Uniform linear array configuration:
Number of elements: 32
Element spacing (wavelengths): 0.75
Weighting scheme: kaiser
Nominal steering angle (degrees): -30
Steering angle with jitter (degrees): -31.074
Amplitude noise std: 0.05
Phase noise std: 0.05

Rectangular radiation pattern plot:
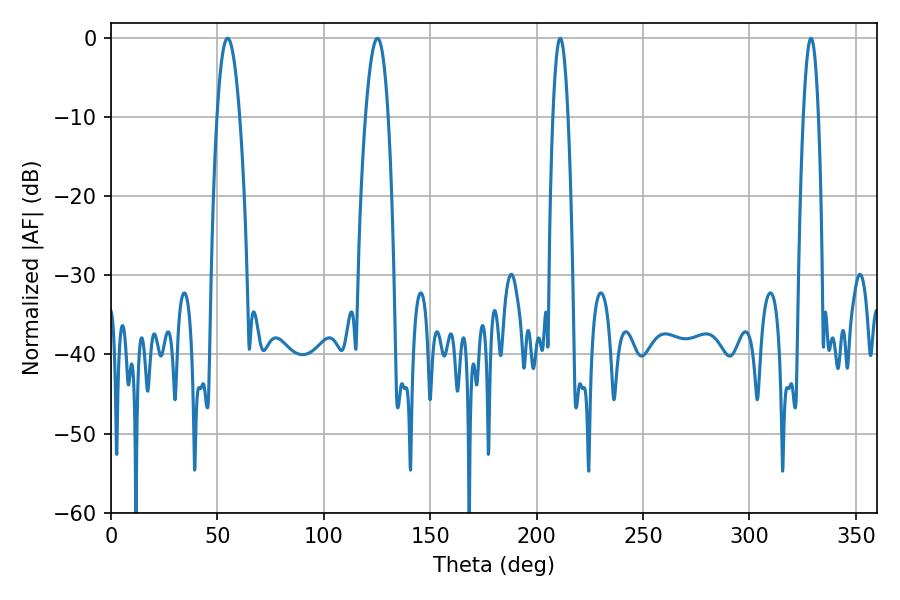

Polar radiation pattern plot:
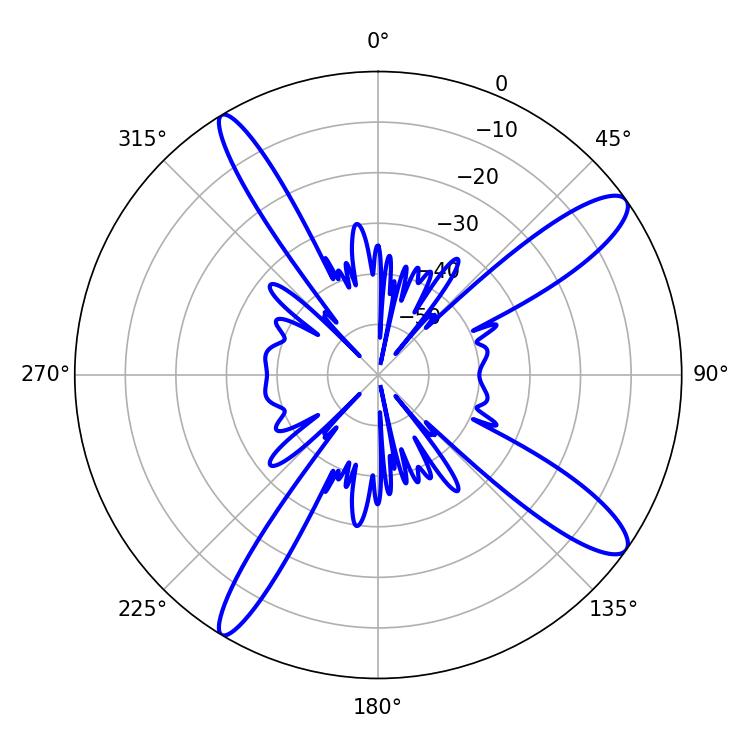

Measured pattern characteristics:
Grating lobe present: TRUE
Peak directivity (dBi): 12.822
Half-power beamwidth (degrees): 5.76
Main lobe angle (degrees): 54.72